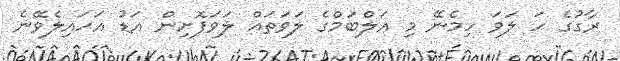
ރާގުގެ ހަ ލަވަ ހިމެނޭ މި އަލްބަމްގެ ލަވަތައް ލަވަފޮށިން އަޑު އަހައިލެވޭނެ